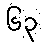
၆၃